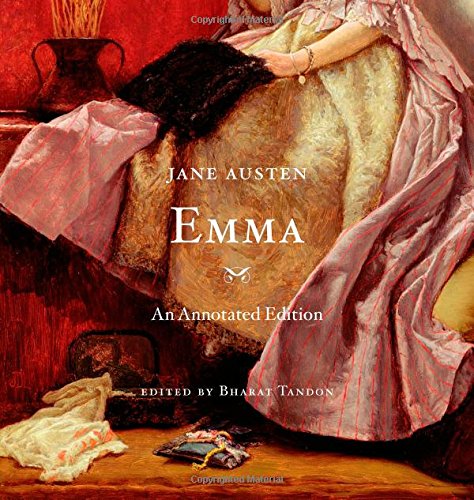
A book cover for Emma: An Annotated Edition; Jane Austen; Romance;